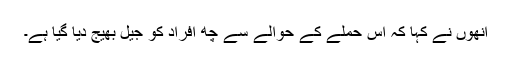
انھوں نے کہا کہ اس حملے کے حوالے سے چھ افراد کو جیل بھیج دیا گیا ہے۔